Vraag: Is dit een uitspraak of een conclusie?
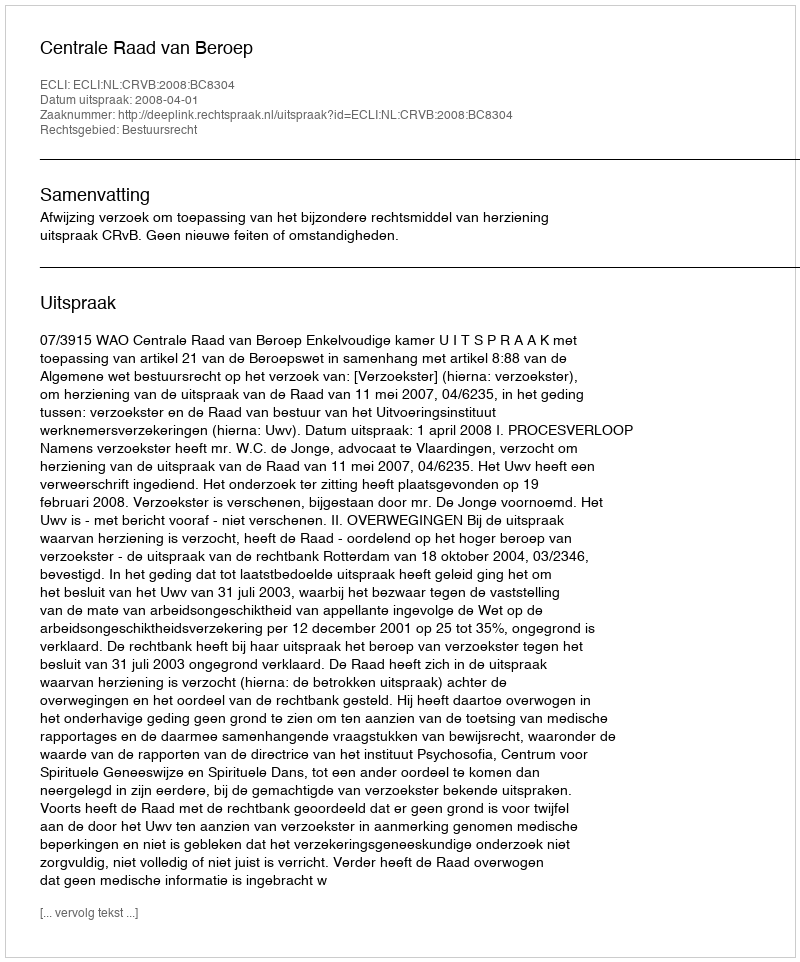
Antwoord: Uitspraak